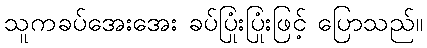
သူကခပ်အေးအေး ခပ်ပြုံးပြုံးဖြင့် ပြောသည်။